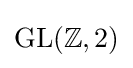
{\text{GL}}(\mathbb {Z} ,2)